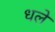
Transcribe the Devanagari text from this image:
धले